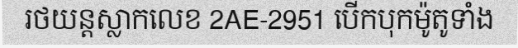
រថយន្តស្លាកលេខ 2AE-2951 បើកបុកម៉ូតូទាំង